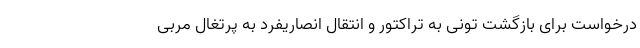
درخواست برای بازگشت تونی به تراکتور و انتقال انصاریفرد به پرتغال مربی